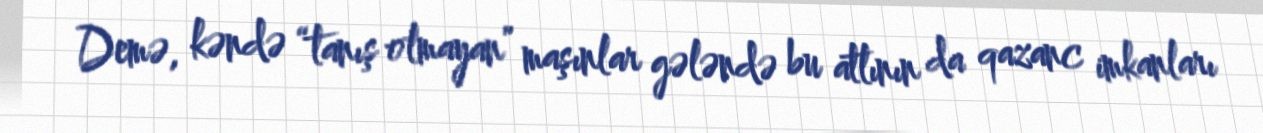
Demə, kəndə “tanış olmayan” maşınlar gələndə bu atlının da qazanc imkanları